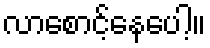
လာစောင့်နေပေါ့။